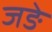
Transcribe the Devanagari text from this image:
जङे